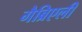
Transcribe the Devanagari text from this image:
गैब्रिएली